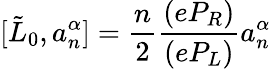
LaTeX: [\tilde{L}_{0},a_{n}^{\alpha}]=\frac{n}{2}\frac{(eP_{R})}{(eP_{L})}a_{n}^{\alpha}